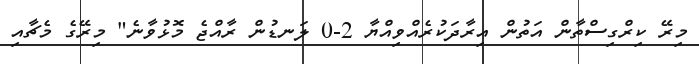
މިރޭ ކިރްގިސްތާން އަތުން އިރާދަކުރެއްވިއްޔާ 2-0 ލަނޑުން ރާއްޖެ މޮޅުވާނެ" މިރޭގެ މެޗާއި